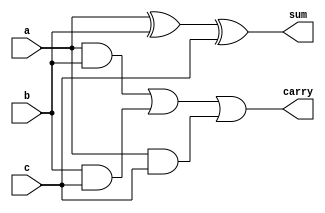
module full_adder(a,b,c,sum,carry);
    output sum,carry;
    input a,b,c;
    wire w[2:0];
    xor G1(sum,a,b,c);
    and G2(w[0],a,b);
    and G3(w[1],b,c);
    and G4(w[2],a,c);
    or G5(carry,w[0],w[1],w[2]);
endmodule